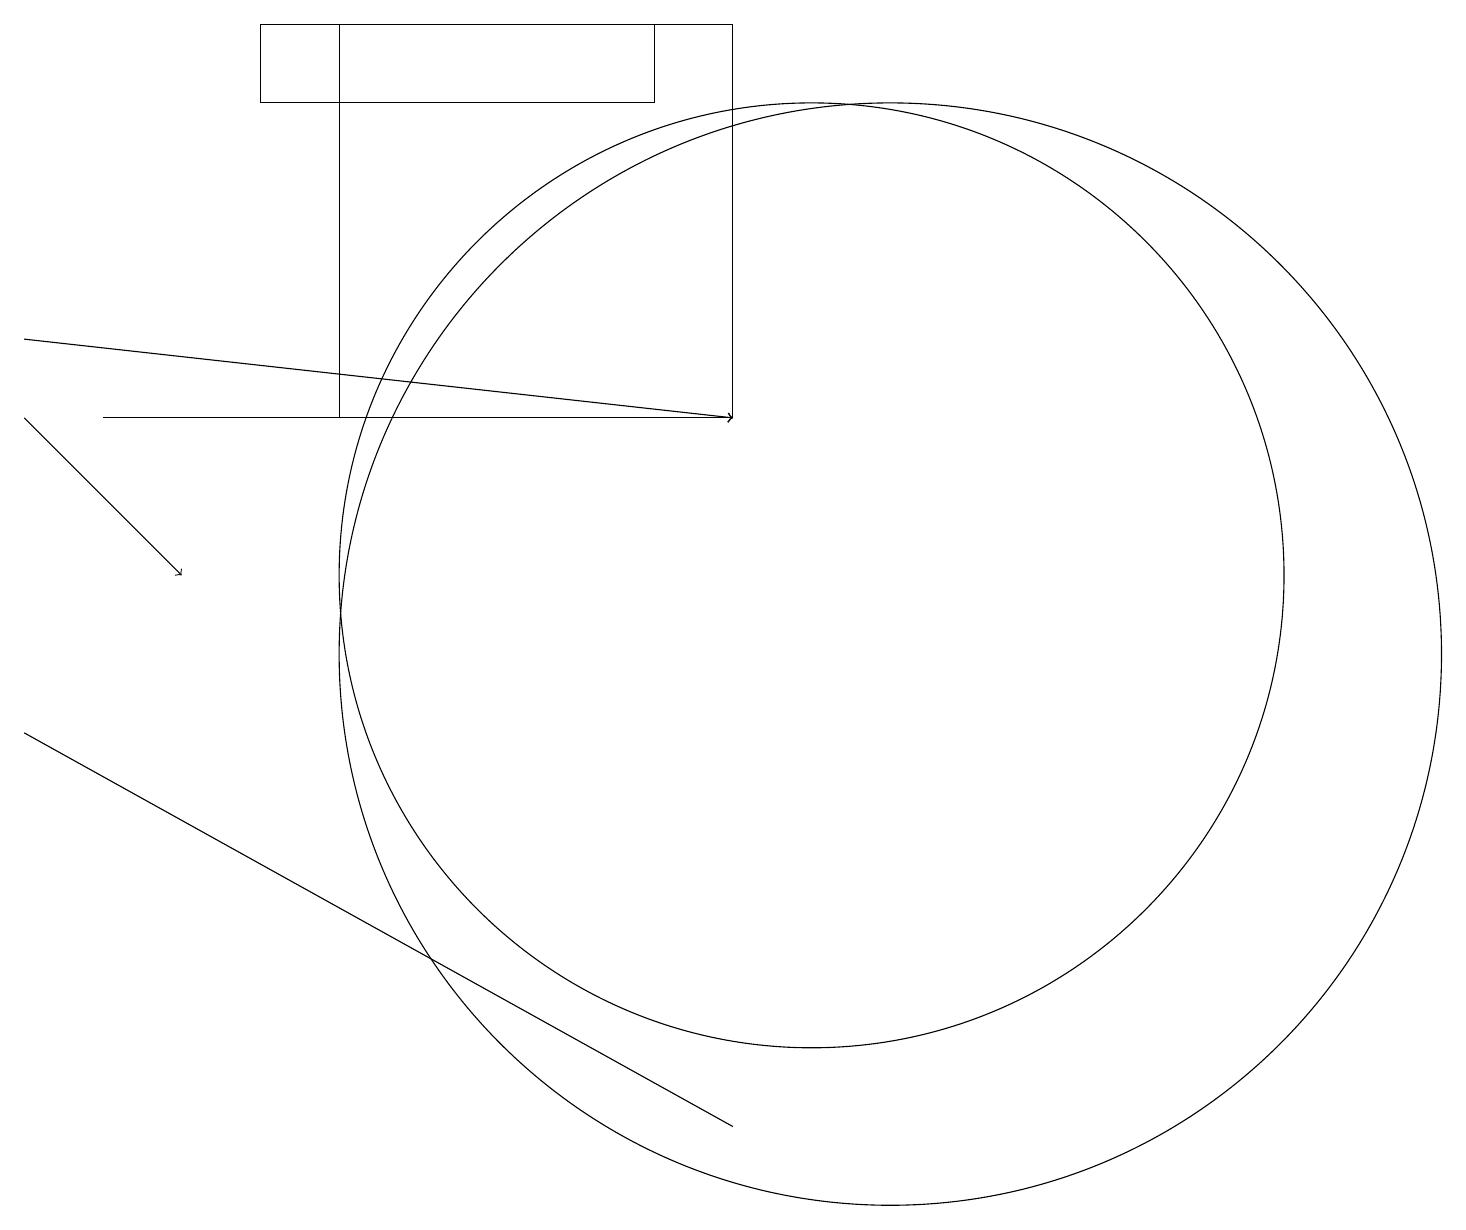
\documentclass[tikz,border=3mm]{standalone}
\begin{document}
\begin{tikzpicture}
\draw (11,10) circle (7);
\draw (10,11) circle (6);
\draw (9,4) -- (0,9) -- (0,9) -- cycle;
\draw[->] (1,13) -- (9,13);
\draw (8,18) rectangle (3,17);
\draw[->] (0,13) -- (2,11);
\draw (4,18) rectangle (9,13);
\draw[->] (0,14) -- (9,13);
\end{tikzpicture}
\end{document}